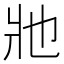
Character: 𤕮